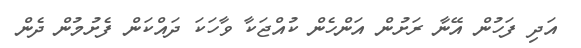
އަދި ފަހުން އޭނާ ރަށުން އަންހެން ކުއްޖަކާ ވާހަކަ ދައްކަން ފެށުމުން ދެން